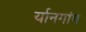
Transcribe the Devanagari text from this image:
र्यानगांग